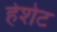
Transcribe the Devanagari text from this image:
हेशेट